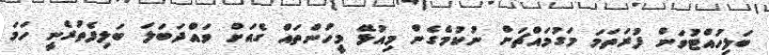
ބަލިހުއްޓުވަން ފުރަތަމަ މަގުމައްޗަށް ނުކުމެގެން މިއުޅޭ މީހުންތައް ގެއަށް ވައްދަބަލަ ބަލިފެތުރެނީ ހަމަ